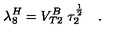
\lambda _ { 8 } ^ { H } = V _ { T 2 } ^ { B } \ \tau _ { 2 } ^ { \frac { 1 } { 2 } } \quad .